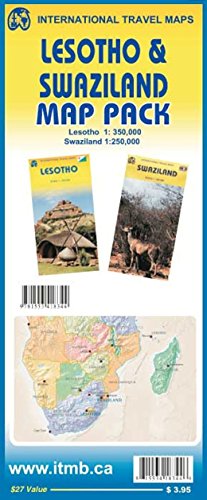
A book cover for Map Pack - Lesotho & Swaziland; ITMB Publishing Ltd.; Travel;